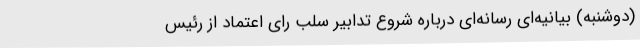
(دوشنبه) بیانیه‌ای رسانه‌ای درباره شروع تدابیر سلب رای اعتماد از رئیس